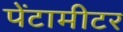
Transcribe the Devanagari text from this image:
पेंटामीटर